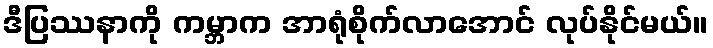
ဒီပြဿနာကို ကမ္ဘာက အာရုံစိုက်လာအောင် လုပ်နိုင်မယ်။